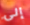
إلى